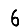
Digit: 6